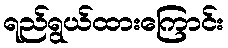
ရည်ရွယ်ထားကြောင်း